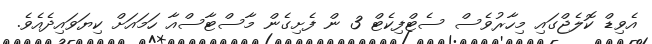
އެވިޑް ކޮލެޖްގައި މިހާރުވެސް ސެޓްފިކެޓް 3 ން ފެށިގެން މާސްޓާސްއާ ހަމައަށް ކިޔަވައިދެއެވެ.